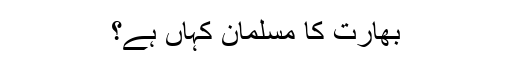
بھارت کا مسلمان کہاں ہے؟